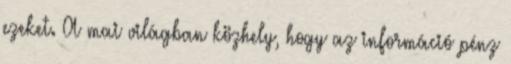
ezeket. A mai világban közhely, hogy az információ pénz